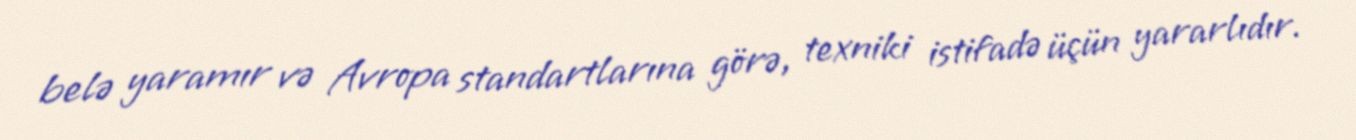
belə yaramır və Avropa standartlarına görə, texniki istifadə üçün yararlıdır.